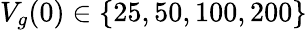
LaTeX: V_{g}(0)\in\{ 25,50,100,200\}